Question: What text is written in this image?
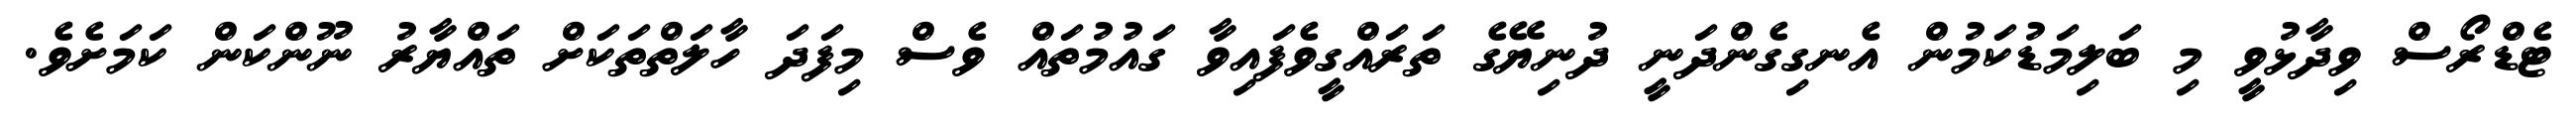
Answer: ޓެޑްރޯސް ވިދާޅުވީ މި ބަލިމަޑުކަމުން އެނގިގެންދަނީ ދުނިޔޭގެ ތަރައްގީވެފައިވާ ގައުމުތައް ވެސް މިފަދަ ހާލަތްތަކަށް ތައްޔާރު ނޫންކަން ކަމަށެވެ.